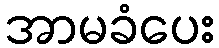
အာမခံပေး